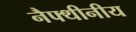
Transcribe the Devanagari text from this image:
नैफ्थीनीय